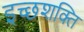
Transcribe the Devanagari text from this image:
इच्छशक्ति